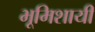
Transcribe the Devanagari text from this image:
भूमिशायी